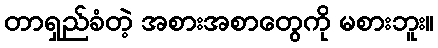
တာရှည်ခံတဲ့ အစားအစာတွေကို မစားဘူး။